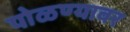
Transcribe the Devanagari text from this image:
पोळण्यावर